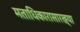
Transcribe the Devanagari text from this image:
मताधिकारासारख्या